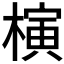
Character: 𣘹